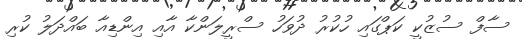
ސާފް ސުޒުކީ ކަޕްގައި ހުކުރު ދުވަހު ސްރީލަންކާ އާއި އިންޑިއާ ބައްދަލު ކުރި